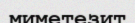
миметезит